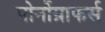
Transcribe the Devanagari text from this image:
पोर्नोग्राफर्स